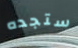
ستجده